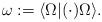
LaTeX: \begin{align*}\omega:=\langle\Omega|(\cdot)\Omega\rangle.\end{align*}